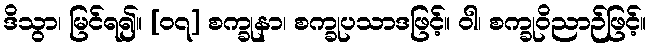
ဒိသွာ၊ မြင်ရ၍။ [၀၇] စက္ခုနာ၊ စက္ခုပသာဒဖြင့်။ ဝါ၊ စက္ခုဝိညာဉ်ဖြင့်။